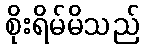
စိုးရိမ်မိသည်